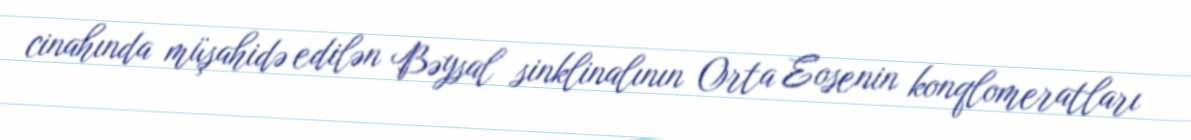
cinahında müşahidə edilən Bəysal sinklinalının Orta Eosenin konqlomeratları